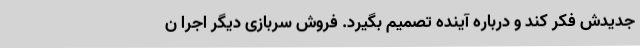
جدیدش فکر کند و درباره آینده تصمیم بگیرد. فروش سربازی دیگر اجرا ن